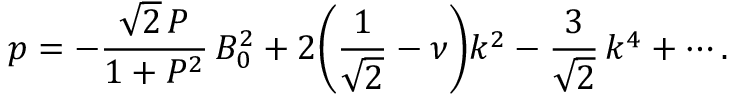
p = - \frac { \sqrt { 2 } \, P } { 1 + P ^ { 2 } } \, B _ { 0 } ^ { 2 } + 2 \biggl ( \frac { 1 } { \sqrt { 2 } } - \nu \biggr ) k ^ { 2 } - \frac { 3 } { \sqrt { 2 } } \, k ^ { 4 } + \cdots .